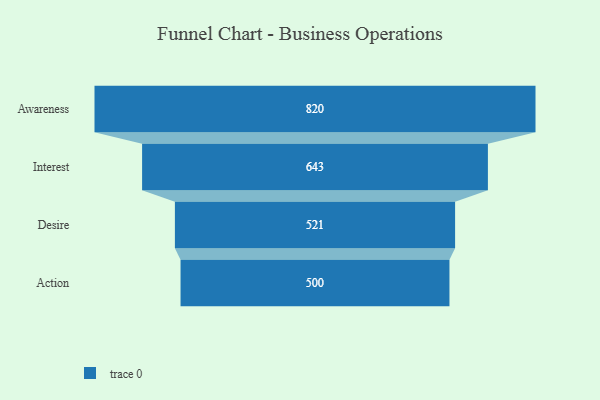
{"axis": {"x": "Stage", "y": "Value"}, "legend": [""], "data": [{"x": "Awareness", "y": 820.0, "type": ""}, {"x": "Interest", "y": 643.0, "type": ""}, {"x": "Desire", "y": 521.0, "type": ""}, {"x": "Action", "y": 500, "type": ""}]}